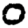
Digit: 0